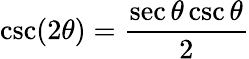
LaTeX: \csc(2\theta)={\frac{\sec\theta\csc\theta}{2}}